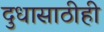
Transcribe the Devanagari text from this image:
दुधासाठीही